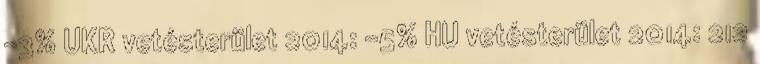
-3% UKR vetésterület 2014: -5% HU vetésterület 2014: 212